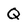
Character: Q